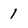
Character: 1